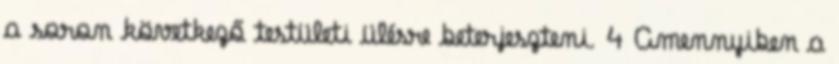
a soron következő testületi ülésre beterjeszteni. 4 Amennyiben a